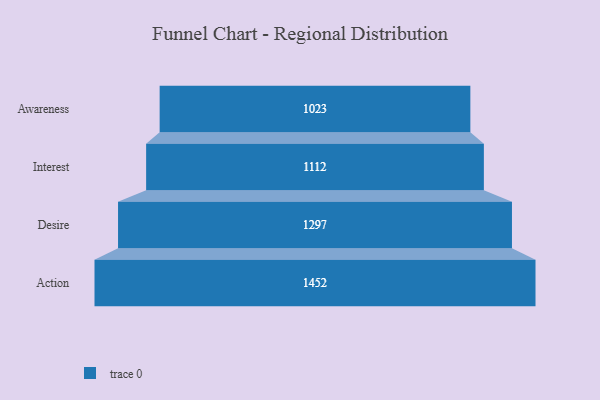
{"axis": {"x": "Stage", "y": "Value"}, "legend": [""], "data": [{"x": "Awareness", "y": 1023.0, "type": ""}, {"x": "Interest", "y": 1112.0, "type": ""}, {"x": "Desire", "y": 1297.0, "type": ""}, {"x": "Action", "y": 1452.0, "type": ""}]}